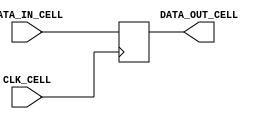
/* DFF to hold data */
module two_byte_cell(DATA_IN_CELL,DATA_OUT_CELL,CLK_CELL);
  input [15:0] DATA_IN_CELL;
  input CLK_CELL;
  output reg [15:0] DATA_OUT_CELL;
  always @ (posedge CLK_CELL) begin
      DATA_OUT_CELL <= DATA_IN_CELL;
  end
endmodule // two_byte_cell